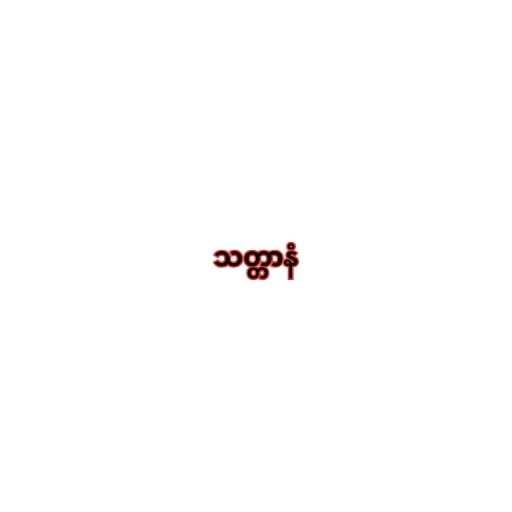
သတ္တာနံ